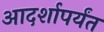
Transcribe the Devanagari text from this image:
आदर्शापर्यंत